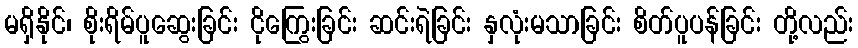
မရှိနိုင်၊ စိုးရိမ်ပူဆွေးခြင်း ငိုကြွေးခြင်း ဆင်းရဲခြင်း နှလုံးမသာခြင်း စိတ်ပူပန်ခြင်း တို့လည်း